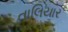
તાલિયાર